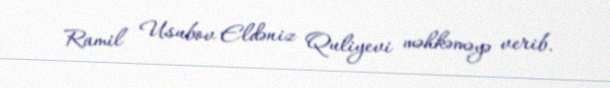
Ramil Usubov Eldəniz Quliyevi məhkəməyə verib.